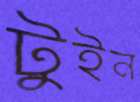
টুইন